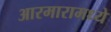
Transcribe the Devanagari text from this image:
आरमारामध्ये